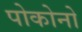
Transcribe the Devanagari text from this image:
पोकोनो